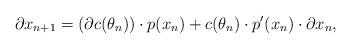
\begin{align*}\partial x_{n+1} = \left( \partial c(\theta_n) \right) \cdot p(x_n) + c(\theta_n) \cdot p'(x_n) \cdot \partial x_n,\end{align*}